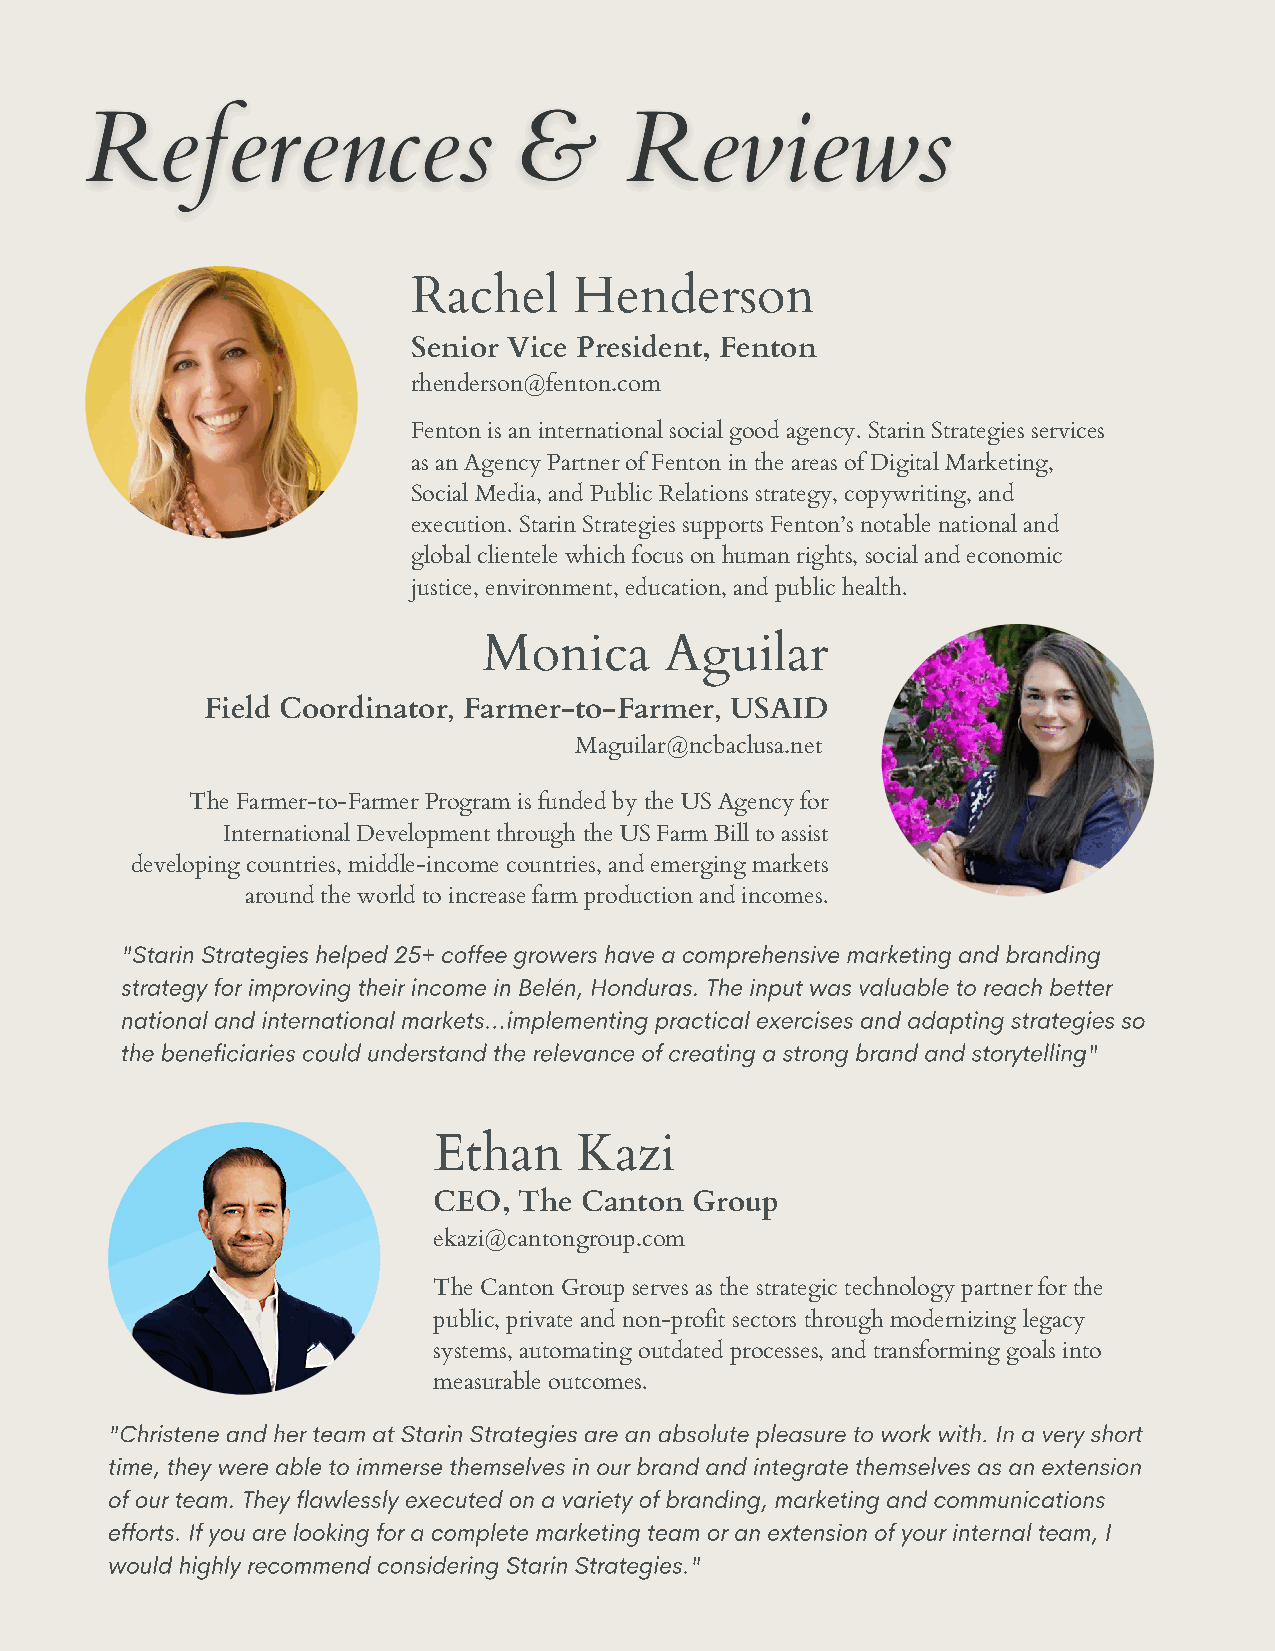
Rachel     Henderson
 Senior Vice President, Fenton
 rhenderson@fenton.com
 Fenton is an international social good agency. Starin Strategies services
 as an Agency Partner of Fenton in the areas of Digital Marketing,
 Social Media, and Public Relations strategy, copywriting, and
 execution. Starin Strategies supports Fenton’s notable national and
 global clientele which focus on human rights, social and economic
 justice, environment, education, and public health.
 Monica      Aguilar
 Field Coordinator, Farmer-to-Farmer, USAID
 Maguilar@ncbaclusa.net
 The Farmer-to-Farmer Program is funded by the US Agency for
 International Development through the US Farm Bill to assist
 developing countries, middle-income countries, and emerging markets
 around the world to increase farm production and incomes.
 "Starin Strategies helped 25+ coffee growers have a comprehensive marketing and branding
 strategy for improving their income in Belén, Honduras. The input was valuable to reach better
 national and international markets...implementing practical exercises and adapting strategies so
 the beneficiaries could understand the relevance of creating a strong brand and storytelling"
 Ethan    Kazi
 CEO, The Canton  Group
 ekazi@cantongroup.com
 The Canton Group serves as the strategic technology partner for the
 public, private and non-profit sectors through modernizing legacy
 systems, automating outdated processes, and transforming goals into
 measurable outcomes.
 "Christene and her team at Starin Strategies are an absolute pleasure to work with. In a very short
 time, they were able to immerse themselves in our brand and integrate themselves as an extension
 of our team. They flawlessly executed on a variety of branding, marketing and communications
 efforts. If you are looking for a complete marketing team or an extension of your internal team, I
 would highly recommend considering Starin Strategies."